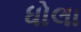
ધોલા